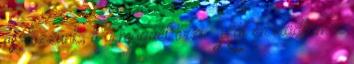
osztozzunk, ő a magáét őrzi. Hát én eladtam a